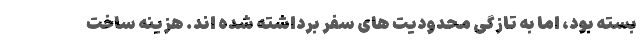
بسته بود، اما به تازگی محدودیت های سفر برداشته شده اند. هزینه ساخت